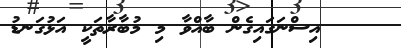
އިސްނަގައިގެން ބާއްވާ މި މުބާރާތަކީ އަޅުގަނޑު